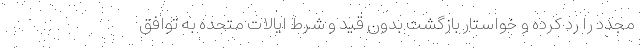
مجدد را رد کرده و خواستار بازگشت بدون قید و شرط ایالات متحده به توافق